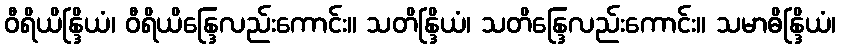
ဝီရိယိန္ဒြိယံ၊ ဝီရိယိန္ဒြေလည်းကောင်း။ သတိန္ဒြိယံ၊ သတိန္ဒြေလည်းကောင်း။ သမာဓိန္ဒြိယံ၊